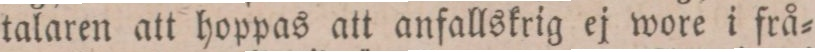
talaren att hoppas att anfallskrig ej wore i frå=